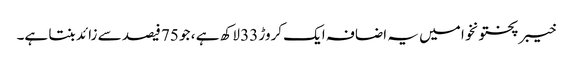
خیبر پختونخوا میں یہ اضافہ ایک کروڑ 33 لاکھ ہے ، جو 75 فیصد سے زائد بنتا ہے۔